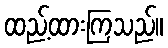
ထည့်ထားကြသည်။